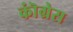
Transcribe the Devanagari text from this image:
कॊंग्रेस